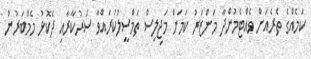
ކަމެއްގެ ތެރެއަށް ވެއްޓެމުންދާ މަންޒަރު ކަމަށް މަޖިލިސް ތަމްސީލުކުރައްވާ ސަރުކާރާއި ދެކޮޅު މެމްބަރުން